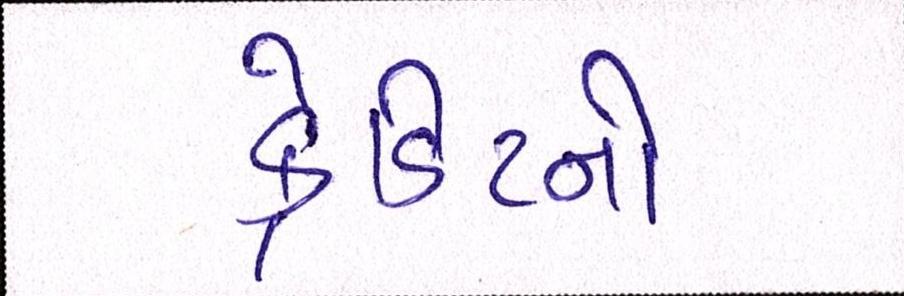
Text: ક્રેડિટનો